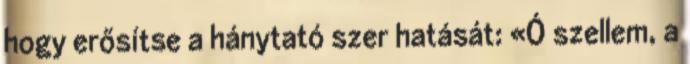
hogy erősítse a hánytató szer hatását: «Ó szellem, a